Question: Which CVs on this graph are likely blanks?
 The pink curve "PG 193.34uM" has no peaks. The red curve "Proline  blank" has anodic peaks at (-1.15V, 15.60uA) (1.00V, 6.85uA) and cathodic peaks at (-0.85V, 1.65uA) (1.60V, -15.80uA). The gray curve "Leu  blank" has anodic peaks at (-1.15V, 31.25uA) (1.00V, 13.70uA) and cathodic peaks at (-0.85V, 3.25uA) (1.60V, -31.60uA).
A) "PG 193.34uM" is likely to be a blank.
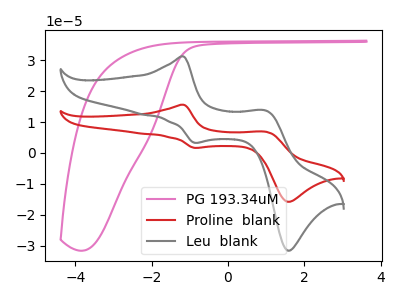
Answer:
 <answer>A) "PG 193.34uM" is likely to be a blank.</answer>
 <eval>A</eval>